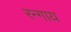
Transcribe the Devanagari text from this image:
रन्गाय